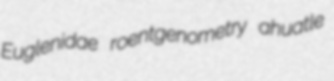
Euglenidae roentgenometry ahuatle